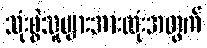
သုံးစွဲသူများအားလုံးအတွက်